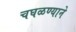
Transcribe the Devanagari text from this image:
चघळण्याने